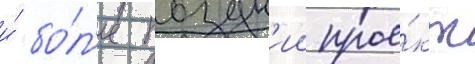
и́ бо́л'ее поздн'ии прое́кт